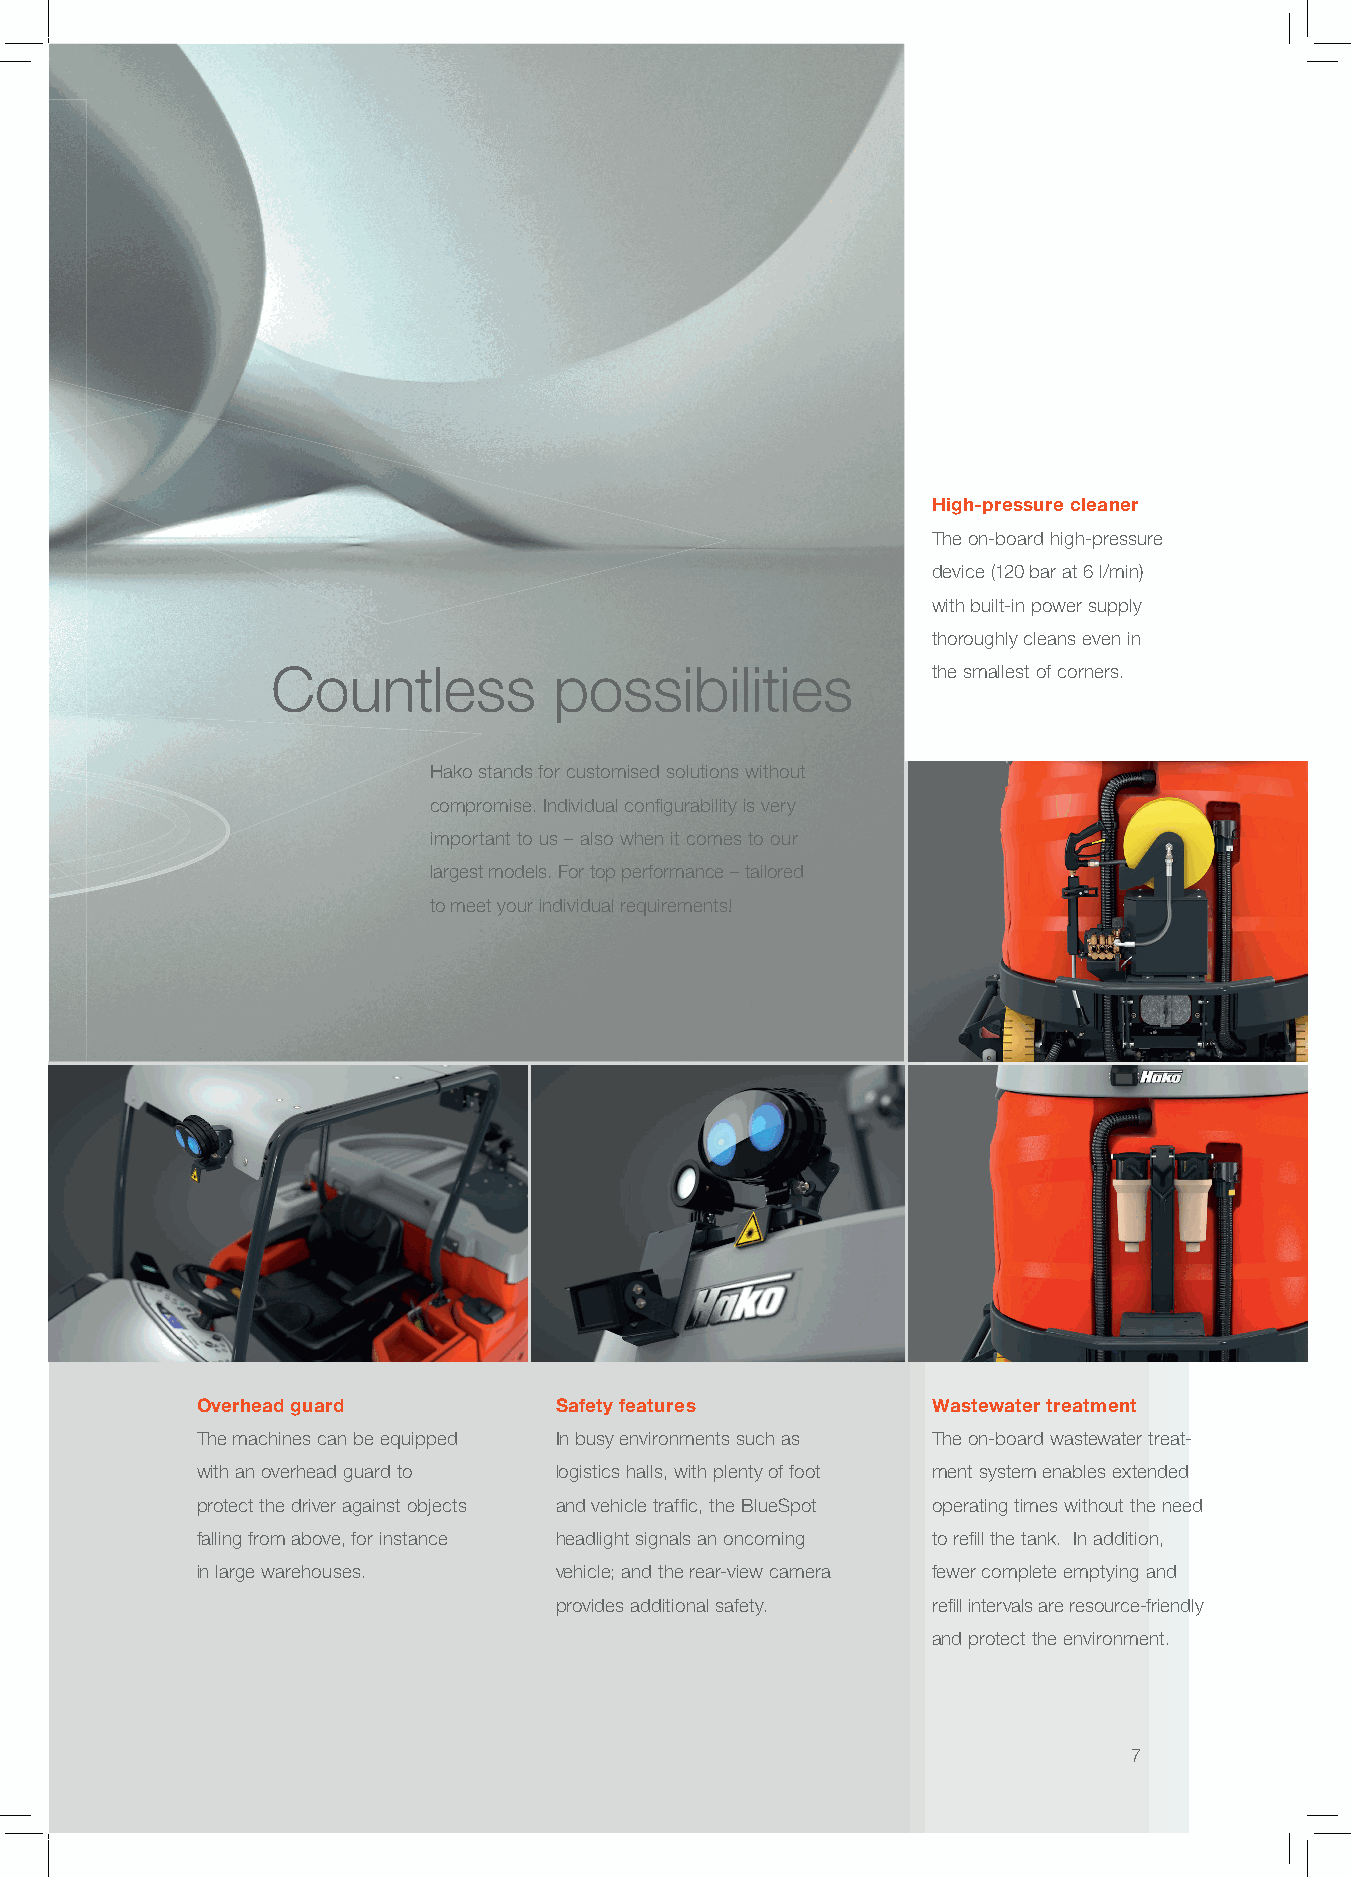
High-pressure cleaner
 The on-board high-pressure
 device (120 bar at 6 l/min)
 with built-in power supply
 thoroughly cleans even in
 Countless          possibilities            the smallest of corners.
 Hako stands for customised solutions without
 compromise. Individual confi gurability is very
 important to us – also when it comes to our
 largest models. For top performance – tailored
 to meet your individual requirements!
 Overhead guard          Safety features          Wastewater treatment
 The machines can be equipped In busy environments such as The on-board wastewater treat-
 with an overhead guard to logistics halls, with plenty of foot ment system enables extended
 protect the driver against objects and vehicle traffi c, the BlueSpot operating times without the need
 falling from above, for instance headlight signals an oncoming to refi ll the tank. In addition,
 in large warehouses.    vehicle; and the rear-view camera fewer complete emptying and
 provides additional safety. refi ll intervals are resource-friendly
 and protect the environment.
 7